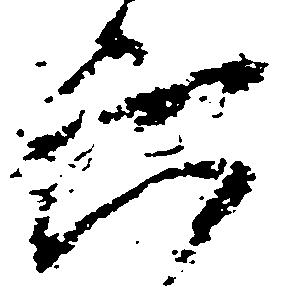
六